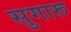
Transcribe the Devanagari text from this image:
सुगारू